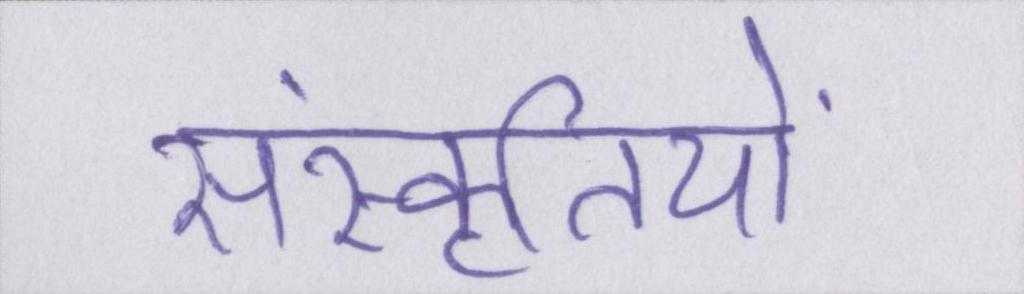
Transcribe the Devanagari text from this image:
संस्कृतियों